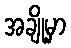
အချို့မှာ